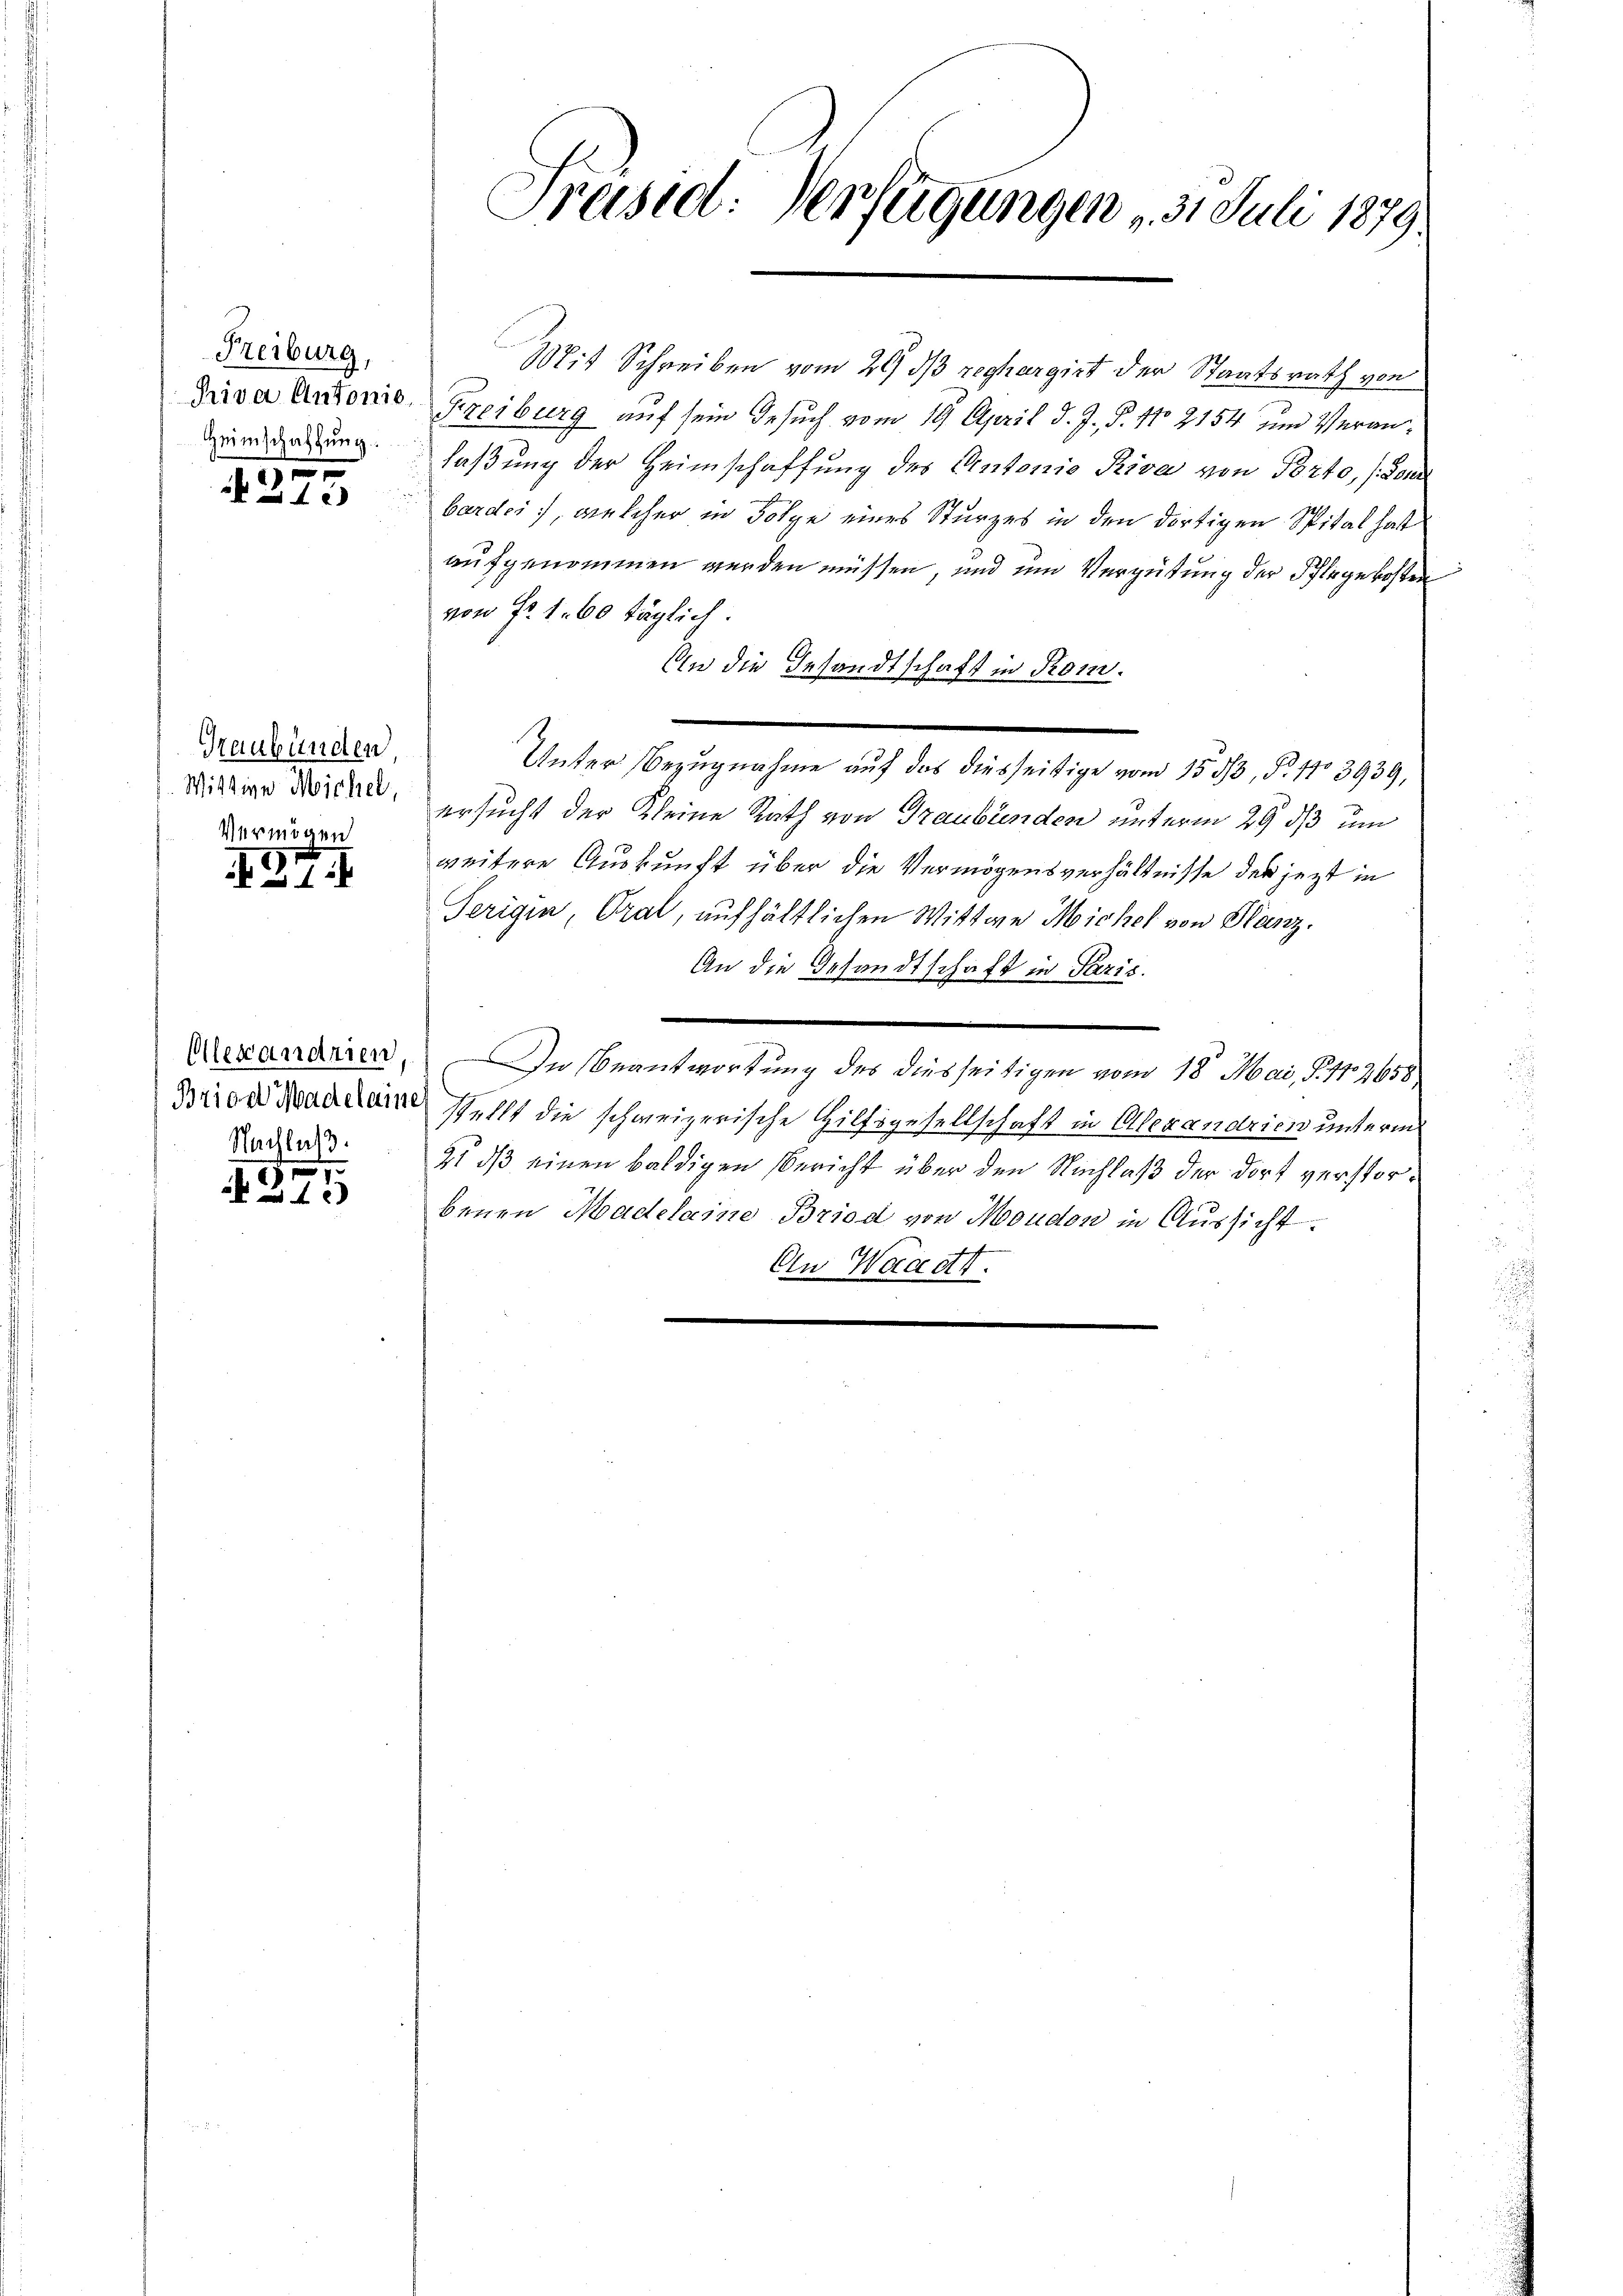
Freiburg,
Heimschaffung.
 0 f 0 x

x

Graubünden,
Wittwe Michel,

Vermögen
1
 1

Alexandrien
Nachlaß.

s
G15

Präsid. Verfügungen 5. Juli 1879

Mit Schreiben vom 29 dß rechargirt der Staatsrath von
Drive Antonis Freiburg auf sein Gesuch vom 19. April d. J., §. 11. 2154 um Veranlaßung der Heimschaffung des Antonio Riva von Porto, (von
bardes, welcher in Folge eines Sturzes in den dortigen Spital hat
aufgenommen werden müssen, und und Vergütung der Pflegekosten
von Fr. 1. 60 täglich.
An die Gesandtschaft in Rom.
ersucht der Kleine Rath von Graubünden unterm 29. ds um
weitere Auskunft über die Vermögensverhältnisse der jezt in
Terigen, Oral, aufhältlichen Wittwe Michel von Glanz.
An die Gesandtschaft in Paris.
e
In Beantwortung des diesseitigen vom 18. Mai, S. 112658,
Arien Wadia stellt die schweizerische Hilfsgesellschaft in Alexandrien unterm
21 dß einen baldigen Bericht über den Nachlaß der dort verstorbenen Madelaine Briod von Moudon in Aussicht.
An Waadt.

Unter Bezugnahme auf das diesseitige vom 1533, S. 11. 3939,